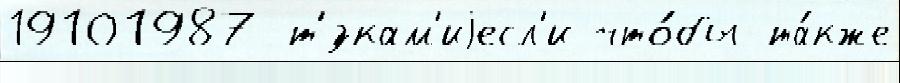
19101987 т'́зкам'иjесл'и что́бы та́кже